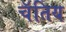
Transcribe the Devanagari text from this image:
चॅतिय